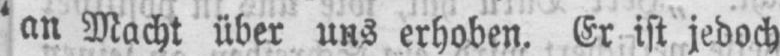
an Macht über uns erhoben. Er ist jedoch